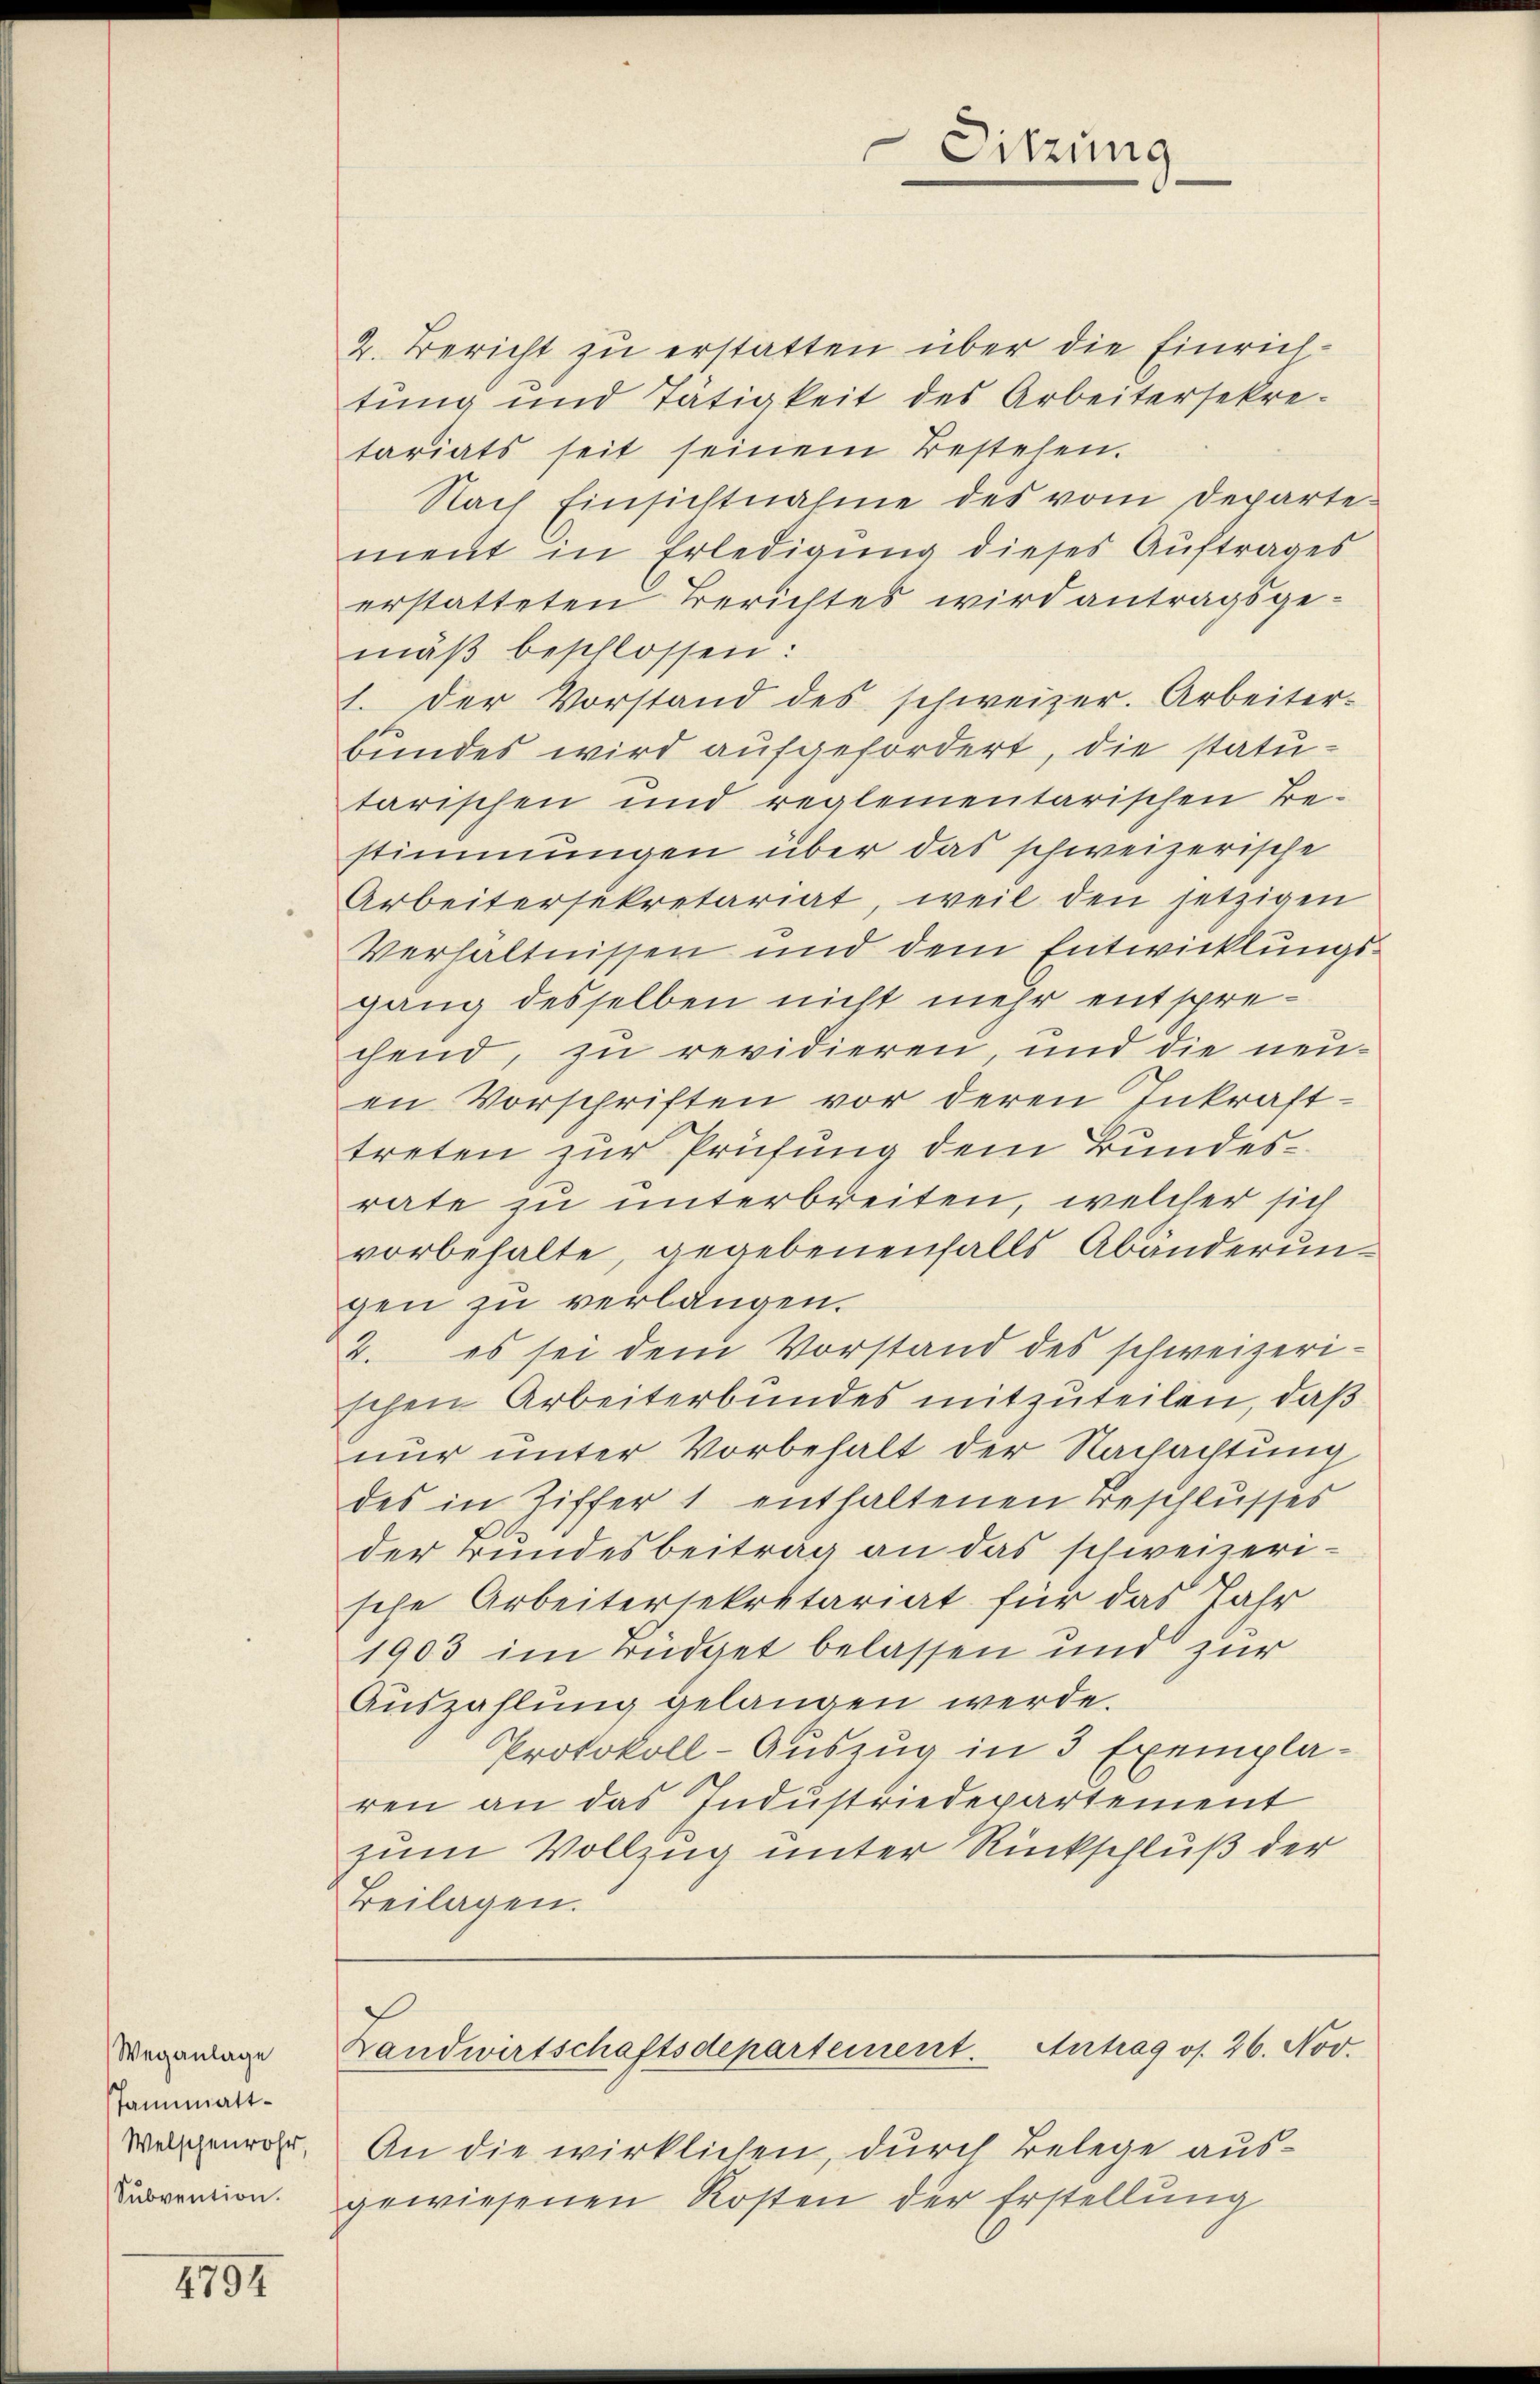
Weganlage
sannmatt¬
Welschenrohr,
Subvention.

4794

2. Bericht zu erstatten über die Einrichtung und Tätigkeit des Arbeitersekretariats seit seinem Bestehen.
Nach Einsichtnahme des vom Departement in Erledigung dieses Auftrages
erstatteten Berichtes wird antragsgemäβ beschlossen:
1. Der Vorstand des schweizer. Arbeiter-
bundes wird aufgefordert, die statutarischen und reglementarischen Be-
stimmungen über das schweizerische
Arbeitersekretariat, weil den jetzigen
Verhältnissen und dem Entwicklungsgang desselben nicht mehr entsprechend, zu revidieren und die neuen Vorschriften vor deren Inkrafttreten zur Prüfung dem Bundesrate zu unterbreiten, welcher sich
vorbehalte, gegebenenfalls Abanderungen zu verlangen.
2. es sei dem Vorstand des schweizeri-
schen Arbeiterbundes mitzuteilen, daß
nur unter Vorbehalt der Nachachtung
des in Ziffer 1 enthaltenen Beschlusses
der Bundesbeitrag an das schweizerische Arbeitersekretariat für das Jahr
1903 im Büdget belassen und zur
Auszahlung gelangen werde.
Protokoll-Auszug in 3 Exemplaren an das Industriedepartement
zum Vollzug unter Rückschluß der
Beilagen.

An die wirklichen, durch Belege ausgewiesenen Kosten der Erstellung

Sitzung

Landwirtschaftsdepartement. Antrag os. 26. Nov.